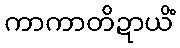
ကာကာတိဍာယိံ